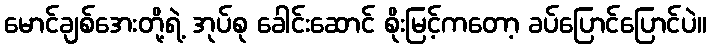
မောင်ချစ်အေးတို့ရဲ့ အုပ်စု ခေါင်းဆောင် စိုးမြင့်ကတော့ ခပ်ပြောင်ပြောင်ပဲ။